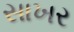
સાખર